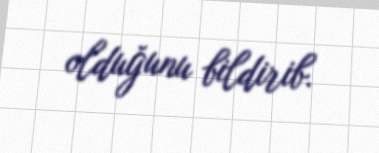
olduğunu bildirib.